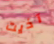
آذيت